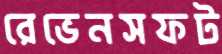
রেভেনসফট